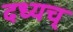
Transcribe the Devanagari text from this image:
दध्यच्